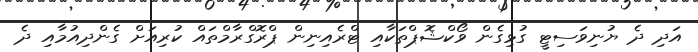
އަދި ދެ ޔުނިވަސިޓީ ގުޅިގެން ވޯކްޝޮޕްތަކާއި ޓްރެއިނިން ޕްރޮގްރާމްތައް ކުރިއަށް ގެންދިއުމާއި ދެ